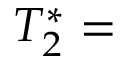
T _ { 2 } ^ { * } =